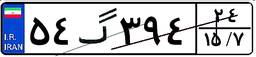
۵۴گ۳۹۴۲۴